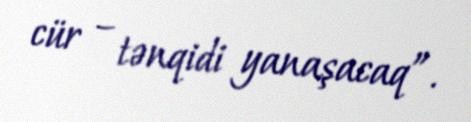
cür – tənqidi yanaşacaq”.